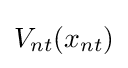
V_{nt}(x_{nt})